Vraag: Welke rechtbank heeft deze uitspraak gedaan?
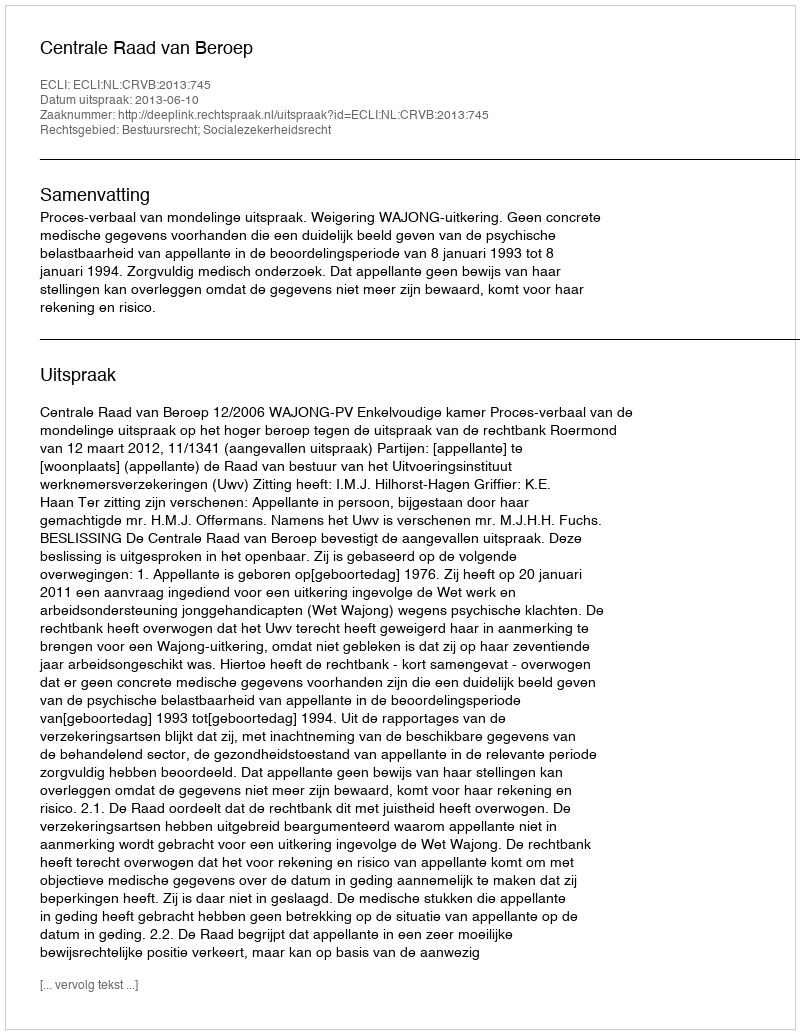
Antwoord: Centrale Raad van Beroep